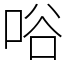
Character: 唂